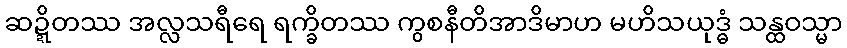
ဆဍ္ဍိတဿ အလ္လသရီရေ ရက္ခိတဿ ကွစနီတိအာဒိမာဟ မဟိသယုဒ္ဓံ သန္ထဝသ္မာ